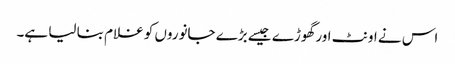
اس نے اونٹ اور گھوڑے جیسے بڑے جانوروں کو غلام بنا لیا ہے۔